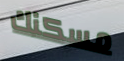
مسكنك